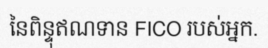
នៃពិន្ទុឥណទាន FICO របស់អ្នក.